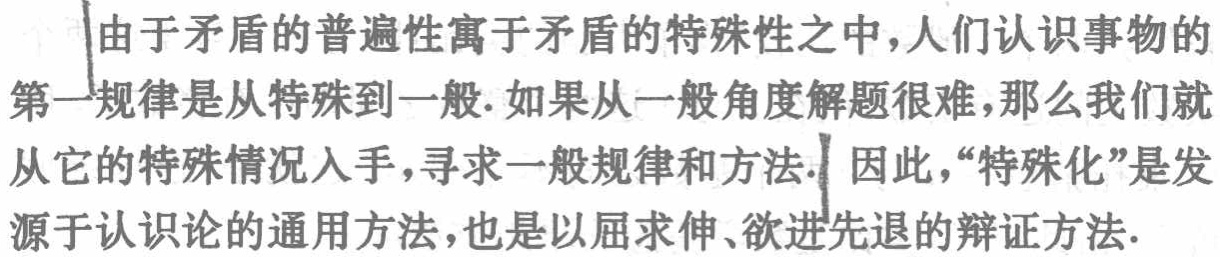
由于矛盾的普遍性寓于矛盾的特殊性之中，人们认识事物的第一规律是从特殊到一般. 如果从一般角度解题很难，那么我们就从它的特殊情况入手，寻求一般规律和方法. 因此，“特殊化”是发源于认识论的通用方法，也是以屈求伸、欲进先退的辩证方法.